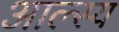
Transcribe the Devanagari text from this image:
आल्स्य